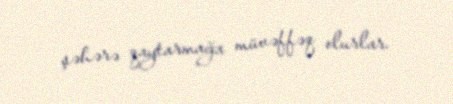
şəhərə qaytarmağa müvəffəq olurlar.